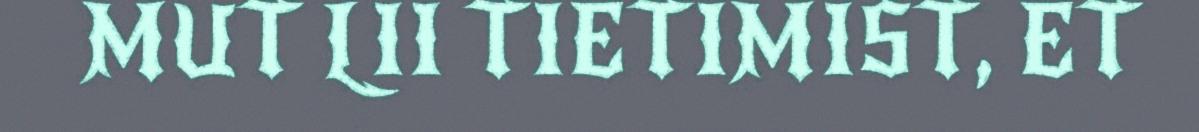
MUT LII TIETIMIST, ET